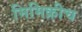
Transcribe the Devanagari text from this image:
मिमिक्रीच